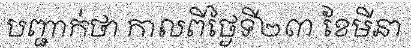
បញ្ជាក់ថា កាលពីថ្ងៃទី២៣ ខែមីនា